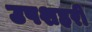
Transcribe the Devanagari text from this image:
उपशहरी